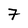
Character: 7